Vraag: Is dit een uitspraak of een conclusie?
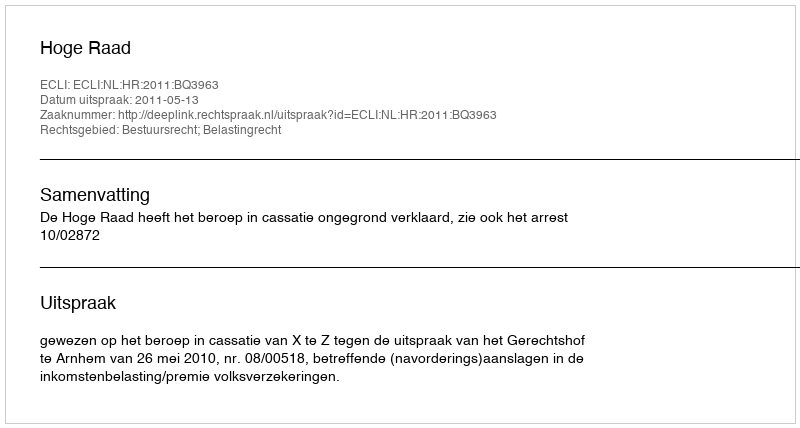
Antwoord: Uitspraak